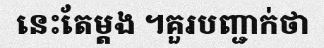
នេះតែម្តង ។គួរបញ្ជាក់ថា